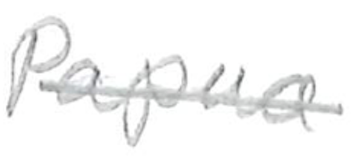
Text: Papua
Cross-out: mix
Writing tool: pencil